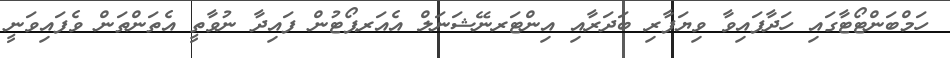
ހަމްބަންޓޯޓާގައި ހަދާފައިވާ ވިޔަފާރި ބަދަރާއި އިންޓަރނޭޝަނަލް އެއަރޕޯޓުން ފައިދާ ނުވާތީ އެތަންތަން ވެފައިވަނީ